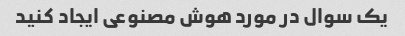
یک سوال در مورد هوش مصنوعی ایجاد کنید